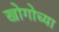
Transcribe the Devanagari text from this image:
खोगोच्या